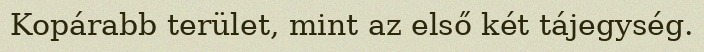
Kopárabb terület, mint az első két tájegység.